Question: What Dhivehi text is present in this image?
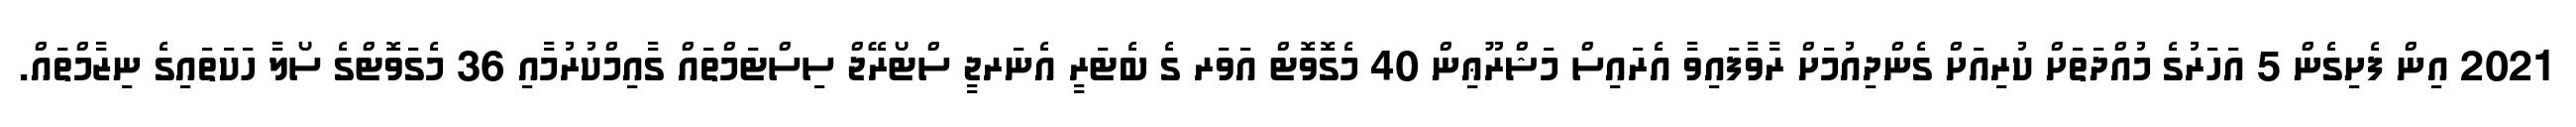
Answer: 2021 އިން ފެށިގެން 5 އަހަރުގެ މުއްދަތަށް ކުރިއަށް ގެންދިއުމަށް ރާވާފައިވާ އެރައިސް މަޝްރޫޢިން 40 މެގޮވޮޓް އަވަރ ގެ ބެޓަރީ އެނަރޖީ ސްޓޯރޭޖް ސިސްޓަމްތައް ގާއިމްކުރުމާއި 36 މެގަވޮޓްގެ ސޯލާ ހަކަތައިގެ ނިޒާމްތައް.